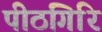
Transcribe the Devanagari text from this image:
पीठगिरि